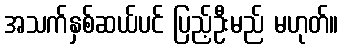
အသက်နှစ်ဆယ်ပင် ပြည့်ဦးမည် မဟုတ်။